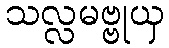
သလ္လမဗ္ဗုယှ